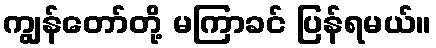
ကျွန်တော်တို့ မကြာခင် ပြန်ရမယ်။